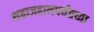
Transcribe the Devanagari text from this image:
शहाजहानपर्यंतच्या